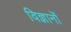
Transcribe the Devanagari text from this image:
विज्ञानॊं